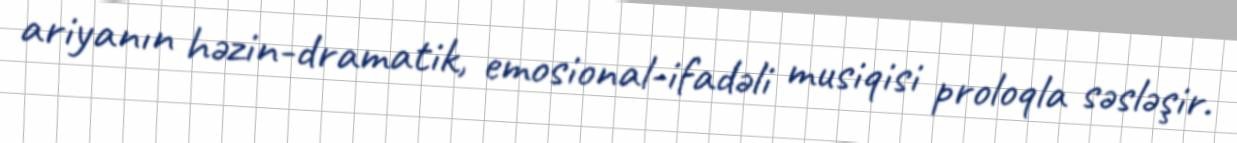
ariyanın həzin-dramatik, emosional-ifadəli musiqisi proloqla səsləşir.